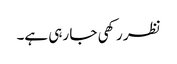
نظر رکھی جا رہی ہے۔